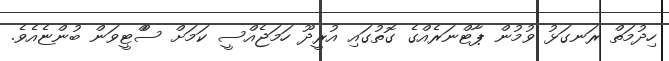
ހިދުމަތް ރަނގަޅު ވުމުން ޕާޓްނަރެއްގެ ގޮތުގައި އުރީދޫ ހަމަޖެއްސީ ކަމަށް ސްްޓީވަން ބުންޏެއެވެ.